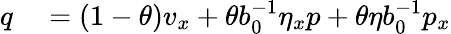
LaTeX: \begin{array}{rl}{q}&{{}=(1-\theta)v_{x}+\theta b_{0}^{-1}\eta_{x}p+\theta\eta b_{0}^{-1}p_{x}}\end{array}